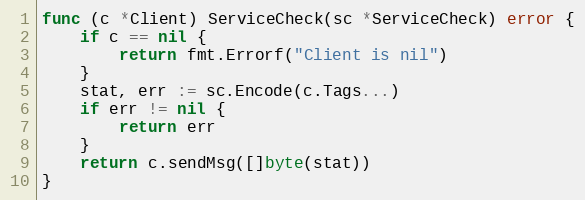
Language: Go
func (c *Client) ServiceCheck(sc *ServiceCheck) error {
	if c == nil {
		return fmt.Errorf("Client is nil")
	}
	stat, err := sc.Encode(c.Tags...)
	if err != nil {
		return err
	}
	return c.sendMsg([]byte(stat))
}